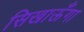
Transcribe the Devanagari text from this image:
सिखाऊँगा